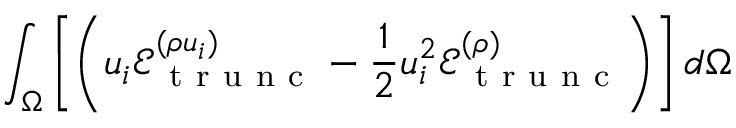
\int _ { \Omega } \left[ \left( u _ { i } \mathcal { E } _ { \mathrm { ~ t ~ r ~ u ~ n ~ c ~ } } ^ { ( \rho u _ { i } ) } - \frac { 1 } { 2 } u _ { i } ^ { 2 } \mathcal { E } _ { \mathrm { ~ t ~ r ~ u ~ n ~ c ~ } } ^ { ( \rho ) } \right) \right] d \Omega